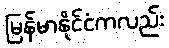
မြန်မာနိုင်ငံကလည်း